Annual report of the Prince of Wales Medical College, Patna
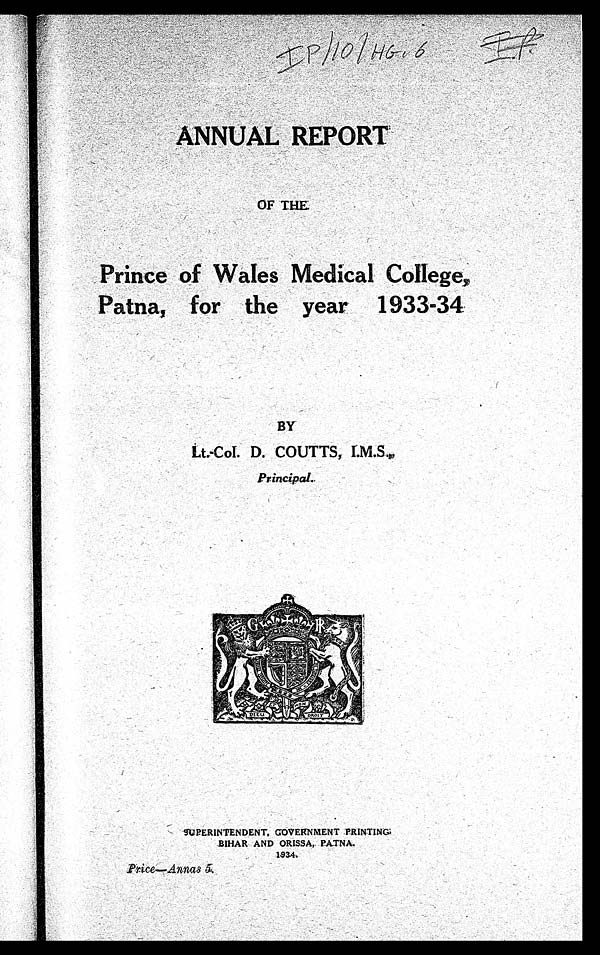
I P| 10| HG. 6 I P
ANNUAL REPORT
OF THE
Prince of Wales Medical Colleges
Patna, for the year 1933-34
BY
Lt.-Col. D . COUTTS, I.M.S.,
Principal..
SUPERINTENDENT, GOVERNMENT PRINTINP
BIHAR AND ORISSA, PATNA.
1934.
Price—Annas 5.